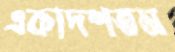
একাদশতম